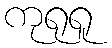
ကုရုရူ